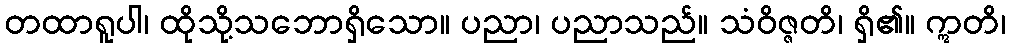
တထာရူပါ၊ ထိုသို့သဘောရှိသော။ ပညာ၊ ပညာသည်။ သံဝိဇ္ဇတိ၊ ရှိ၏။ ဣတိ၊